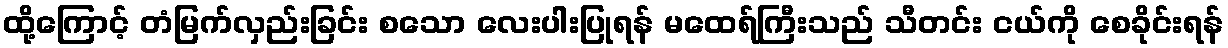
ထို့ကြောင့် တံမြက်လှည်းခြင်း စသော လေးပါးပြုရန် မထေရ်ကြီးသည် သီတင်း ငယ်ကို စေခိုင်းရန်